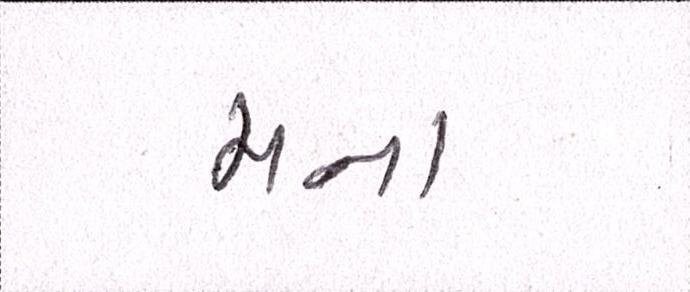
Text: મના